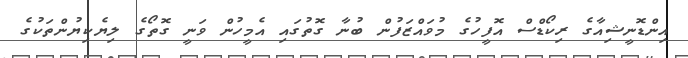
އިންޑޮނީޝިއާގެ ރިކޯޑްސް އޮފީހުގެ މުވައްޒަފުން ބުނާ ގޮތުގައި އެމީހުން ވަނީ ގޮތޯގެ ލިޔެކިޔުންތަކުގެ